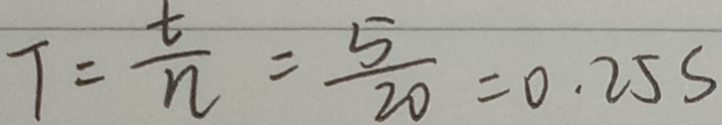
T = \frac { t } { n } = \frac { 5 } { 2 0 } = 0 . 2 5 s